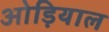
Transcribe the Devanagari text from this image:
ओड़ियाल